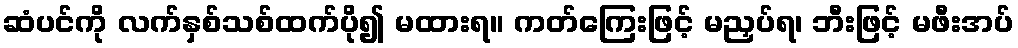
ဆံပင်ကို လက်နှစ်သစ်ထက်ပို၍ မထားရ။ ကတ်ကြေးဖြင့် မညှပ်ရ၊ ဘီးဖြင့် မဖီးအပ်